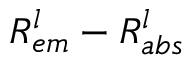
R _ { e m } ^ { l } - R _ { a b s } ^ { l }